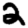
Digit: 2